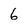
Character: 6